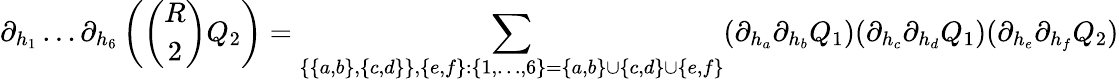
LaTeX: \partial_{h_{1}}\dots\partial_{h_{6}}\left(\binom{R}{2}Q_{2}\right)=\sum_{\{ \{ a,b\} ,\{ c,d\} \} ,\{ e,f\} :\{ 1,\dots,6\} =\{ a,b\} \cup\{ c,d\} \cup\{ e,f\} }(\partial_{h_{a}}\partial_{h_{b}}Q_{1})(\partial_{h_{c}}\partial_{h_{d}}Q_{1})(\partial_{h_{e}}\partial_{h_{f}}Q_{2})